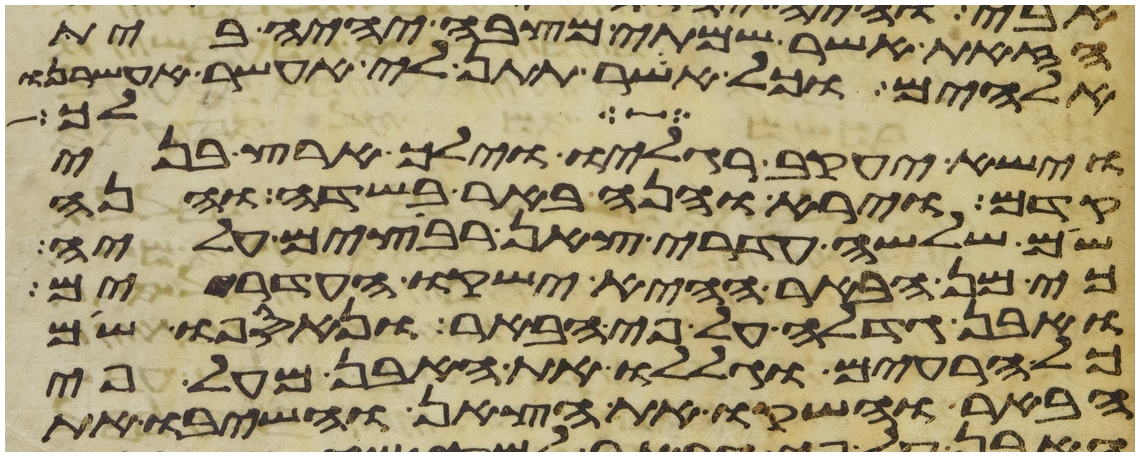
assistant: הזאת אשר שמתי מצבה יהיה בית
אלהים וכל אשר תתן לי אעשר אעשרנו
לכל
וישא יעקב רגליו וילך ארץ בני
קדם וירא והנה באר בשדה והנה
שם שלשה עדרי צאן רבצים עליה
כי מן הבאר ההיא ישקו העדרים
ואבן גדלה על פי הבאר ונאספו שם
כל הרעים וגללו את האבן מעל פי
הבאר והשקו את הצאן והשיבו את